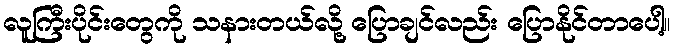
လူကြီးပိုင်းတွေကို သနားတယ်လို့ ပြောချင်လည်း ပြောနိုင်တာပေါ့။